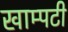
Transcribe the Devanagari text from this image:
खाम्पटी